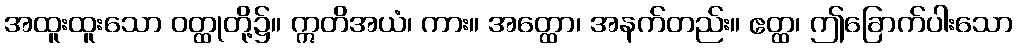
အထူးထူးသော ဝတ္ထုတို့၌။ ဣတိအယံ၊ ကား။ အတ္ထော၊ အနက်တည်း။ ဧတ္ထ၊ ဤခြောက်ပါးသော